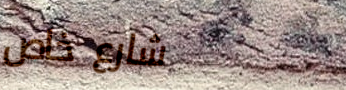
شارع خاص